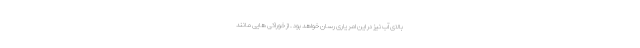
بالای آب نیز در این امر یاری رسان خواهد بود . از خوراکی هایی مانند